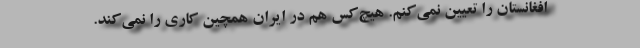
افغانستان را تعیین نمی‌کنم. هیچ‌کس هم در ایران همچین کاری را نمی‌کند.